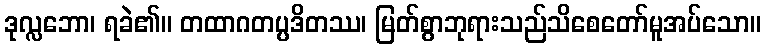
ဒုလ္လဘော၊ ရခဲ၏။ တထာဂတပ္ပဒိတဿ၊ မြတ်စွာဘုရားသည်သိစေတော်မူအပ်သော။